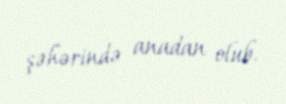
şəhərində anadan olub.